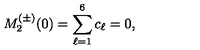
M _ { 2 } ^ { ( \pm ) } ( 0 ) = \sum _ { \ell = 1 } ^ { 6 } c _ { \ell } = 0 ,